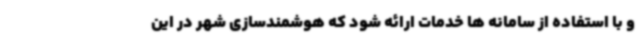
و با استفاده از سامانه ها خدمات ارائه شود که هوشمندسازی شهر در این